Annual report of lunatic asylums [Bombay] - 1912-1922
Year: 1912
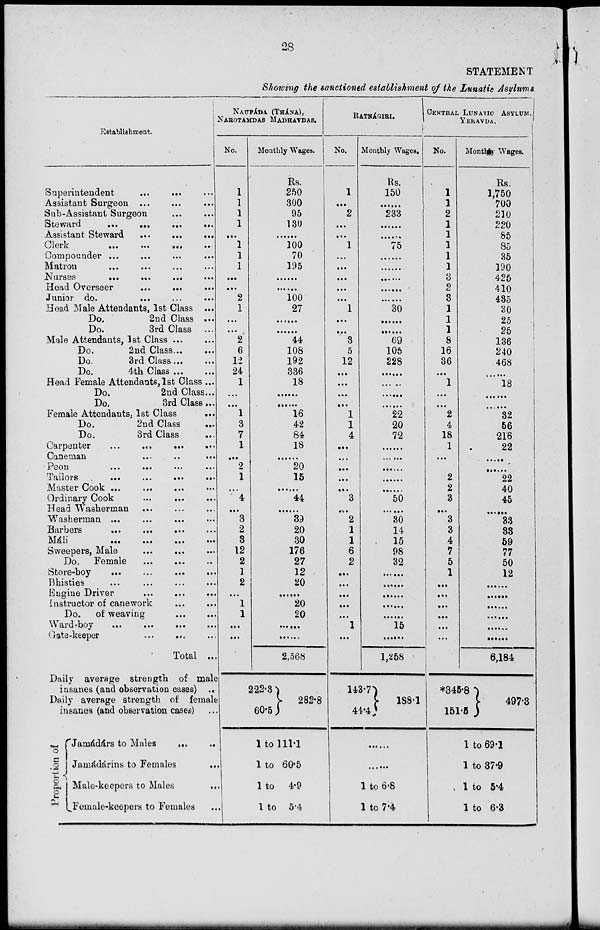
28
STATEMENT
Showing the sanctioned establishment of the Lunatic Asylums
Establishment.
Superintendent ... ... ...
Assistant Surgeon ... ... ...
Sub-Assistant Surgeon ... ...
Steward
...
...
...
...
Assistant Steward
...
...
...
Clerk ... ... ... ...
Compounder ...
...
...
...
Matron ... ... ... ...
Nurses ... ... ... ...
Head Overseer
...
...
...
Junior do. ... ... ...
Head Male Attendants, 1st Class ...
Do.
2nd Class ...
Do.
3rd Class ...
Male Attendants, 1st Class ... ...
Do.
2nd Class ... ...
Do.
3rd Class ... ...
Do.
4th Class ... ...
Head Female Attendants, 1st Class ...
Do.
2nd Class ...
Do.
3rd Class ...
Female Attendants, 1st Class
...
Do.
2nd Class
...
Do.
3rd Class ...
Carpenter
... ... ... ...
Caneman ... ... ...
Peon
... ... ... ...
Tailors ... ... ... ...
Master Cook ... ... ... ...
Ordinary Cook ... ... ...
Head Washerman ... ... ...
Washerman ... ... ... ...
Barbers
... ... ... ...
Máli ... ... ... ...
Sweepers, Male
...
... ...
Do. Female ... ... ...
Store-boy
...
...
...
...
Bhisties ... ... ... ...
Engine Driver
...
...
...
Instructor of canework
...
...
Do.
oil weaving ... ...
Ward-boy
...
...
...
...
Gate-keeper ... ... ...
Total ...
Daily average strength of male
insanes (and observation cases) ...
Daily average strength of female
insanes (and observation cases) ...
Proportion of
Jamádárs to Males ... ...
Jamádárins to Females ...
Male-keepers to Males ...
Female-keepers to Females ...
NAUPÁDA (THÁNA),
NAROTAMDAS MADHAVDAS.
No.
1
1
1
1
...
1
1
1
...
...
2
1
...
...
2
6
12
24
1
...
...
1
3
7
1
...
2
1
...
4
...
3
2
3
12
2
1
2
...
1
1
...
...
Monthly Wages.
Rs.
250
300
95
130
......
100
70
195
......
......
100
27
......
......
44
108
192
336
18
......
......
16
42
84
18
......
20
15
......
44
......
39
20
30
176
27
12
20
......
20
20
......
......
2,568
222.3
60.5
282.8
1 to 111.1
1 to 60.5
1 to 4.9
1 to 5.4
RATNÁGIRI.
No.
1
...
2
...
...
1
...
...
...
...
...
1
...
...
3
5
12
...
...
...
...
1
1
4
...
...
...
...
...
3
...
2
1
1
6
2
...
...
...
...
...
1
...
Monthly Wages.
Rs.
150
......
233
......
......
75
......
......
......
......
......
30
......
......
69
105
228
......
......
......
......
22
20
72
......
......
......
......
......
50
......
30
14
15
98
32
......
......
......
......
......
15
......
1,258
143.7
44.4
188.1
......
......
1 to 6.8
1 to 7.4
CENTRAL LUNATIC ASYLUM,
YERAWADA.
No.
1
1
2
1
1
1
1
1
3
2
3
1
1
1
8
16
36
...
1
...
...
2
4
18
1
...
...
2
2
3
...
3
3
4
7
5
1
...
...
...
...
...
...
Monthly Wages.
Rs.
1,750
700
210
220
85
85
35
190
425
410
435
30
25
25
136
240
468
......
18
......
......
32
56
216
22
......
......
22
40
45
......
33
33
59
77
50
12
......
......
......
......
......
......
6,184
*345.8
151.5
497.3
1 to 69.1
1 to 37.9
1 to 5.4
1 to 6.3